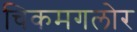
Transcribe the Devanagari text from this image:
चिकमगलोर